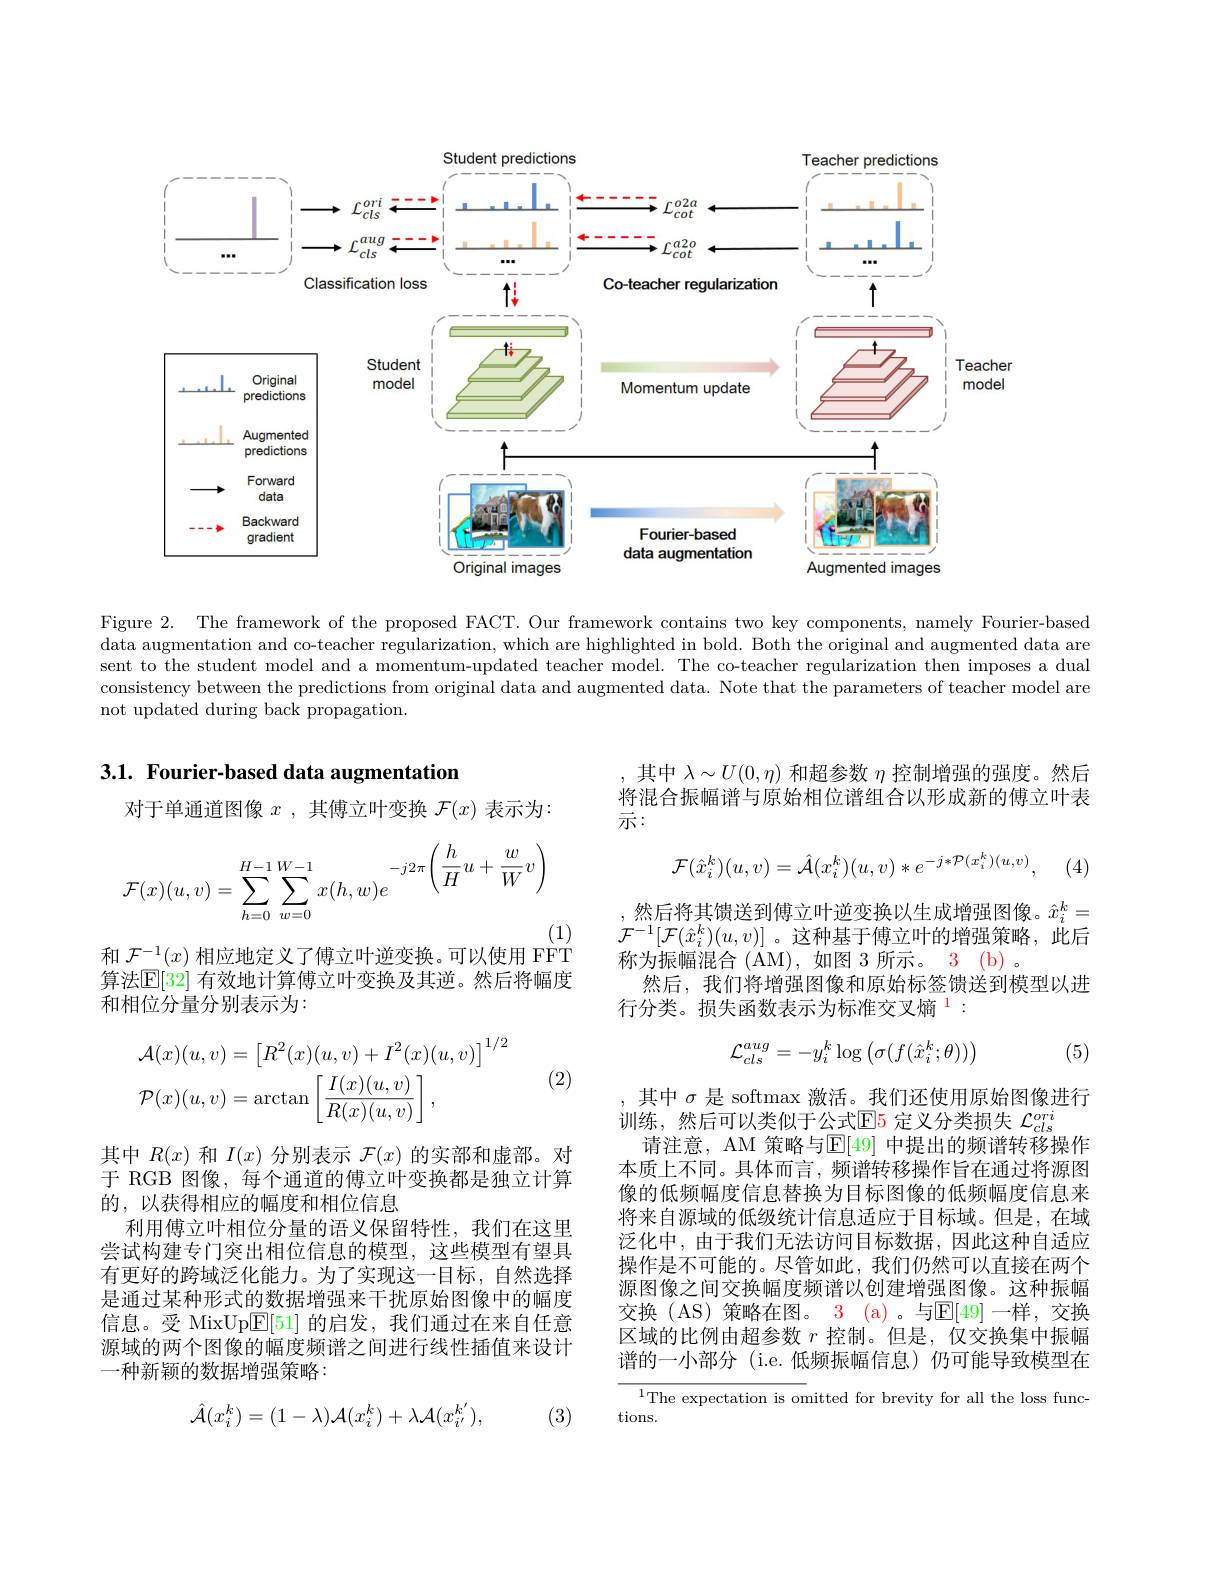
<FigureHere>

Figure 2. The framework of the proposed FACT. Our framework contains two key components, namely Fourier-based data augmentation and co-teacher regularization, which are highlighted in bold. Both the original and augmented data are sent to the student model and a momentum-updated teacher model. The co-teacher regularization then imposes a dual consistency between the predictions from original data and augmented data. Note that the parameters of teacher model are not updated during back propagation.

## 3.1. Fourier-based data augmentation

,其中$\lambda\sim U(0,\eta)$和超参数$\eta$控制增强的强度。然后将混合振幅谱与原始相位谱组合以形成新的傅立叶表示：

对于单通道图像$x$ ,其傅立叶变换$\mathcal{F}(x)$表示为：
$$\mathcal{F}(\hat{x}_{i}^{k})(u,v)=\mathcal{A}(x_{i}^{k})(u,v)*e^{-j*\mathcal{P}(x_{i}^{k})(u,v)},$$
(4)
$$\mathcal{F}(x)(u,v)=\sum\limits_{h=0}^{H-1}\sum\limits_{w=0}^{W-1}x(h,w)e^{-j2\pi}\bigg(\frac{h}{H}u+\frac{w}{W}v\bigg)$$
(1)
和$\mathcal{F}^{-1}(x)$相应地定义了傅立叶逆变换。可以使用 FFT

然后将其馈送到傅立叶逆变换以生成增强图像。$\hat{x}_i^k=$ $\mathcal{F}^{-1}[\mathcal{F}(\hat{x}_i^k)(u,v)]$ 。这种基于傅立叶的增强策略，此后称为振幅混合 (AM),如图 3 所示。3 (b) 。
然后，我们将增强图像和原始标签馈送到模型以进
行分类。损失函数表示为标准交叉熵$^{1}:$

算法$\mathbb{E}[32]$ 有效地计算傅立叶变换及其逆。然后将幅度
和相位分量分别表示为：
$$\mathcal{L}_{cls}^{aug}=-y_{i}^{k}\log\left(\sigma(f(\hat{x}_{i}^{k};\theta))\right)$$
(5)

(2)
$$\begin{aligned}&\mathcal{A}(x)(u,v)=\begin{bmatrix}R^2(x)(u,v)+I^2(x)(u,v)\end{bmatrix}^{1/2}\\&\mathcal{P}(x)(u,v)=\arctan\left[\frac{I(x)(u,v)}{R(x)(u,v)}\right],\end{aligned}$$
,其中$\sigma$是 softmax 激活。我们还使用原始图像进行
训练，然后可以类似于公式$\color{red}{\mathrm{E}}$5 定义分类损失 $\mathcal{L}_cls^{ori}$
请注意，AM 策略与$\mathbb{E}[49]$ 中提出的频谱转移操作本质上不同。具体而言，频谱转移操作旨在通过将源图像的低频幅度信息替换为目标图像的低频幅度信息来将来自源域的低级统计信息适应于目标域。但是，在域泛化中，由于我们无法访问目标数据，因此这种自适应操作是不可能的。尽管如此，我们仍然可以直接在两个源图像之间交换幅度频谱以创建增强图像。这种振幅交换(AS)策略在图。$\color{red}{3}\:\mathrm{(a)}$。与$\mathbb{E}[49]$一样，交换区域的比例由超参数$r$控制。但是，仅交换集中振幅谱的一小部分 (i.e.低频振幅信息)仍可能导致模型在

其中$R(x)$和$I(x)$分别表示$\mathcal{F}(x)$的实部和虚部。对于 RGB 图像，每个通道的傅立叶变换都是独立计算的，以获得相应的幅度和相位信息
利用傅立叶相位分量的语义保留特性，我们在这里尝试构建专门突出相位信息的模型，这些模型有望具有更好的跨域泛化能力。为了实现这一目标，自然选择是通过某种形式的数据增强来干扰原始图像中的幅度信息。受 MixUp$\overline{\mathrm{E}}[51]$的启发，我们通过在来自任意源域的两个图像的幅度频谱之间进行线性插值来设计一种新颖的数据增强策略：

$^{1}$The expectation is omitted for brevity for all the loss func-
tions.

(3)
$$\hat{\mathcal{A}}(x_i^k)=(1-\lambda)\mathcal{A}(x_i^k)+\lambda\mathcal{A}(x_{i^{\prime}}^{k^{\prime}}),$$